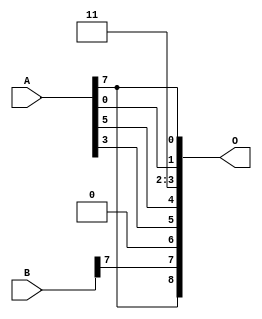
/***
* This code is a part of EvoApproxLib library (ehw.fit.vutbr.cz/approxlib) distributed under The MIT License.
* When used, please cite the following article(s):  
* This file contains a circuit from a sub-set of pareto optimal circuits with respect to the pwr and wce parameters
***/
// MAE% = 14.06 %
// MAE = 72 
// WCE% = 42.38 %
// WCE = 217 
// WCRE% = 1300.00 %
// EP% = 99.61 %
// MRE% = 35.29 %
// MSE = 7477 
// PDK45_PWR = 0.000 mW
// PDK45_AREA = 0.0 um2
// PDK45_DELAY = 0.00 ns


module add8u_04A(A, B, O);
  input [7:0] A, B;
  output [8:0] O;
  assign O[3] = 1'b1;
  assign O[2] = 1'b1;
  assign O[6] = 1'b0;
  assign O[0] = A[7];
  assign O[1] = A[0];
  assign O[4] = A[5];
  assign O[5] = A[3];
  assign O[7] = B[7];
  assign O[8] = O[0];
endmodule